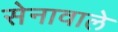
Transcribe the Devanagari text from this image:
सेनावाले